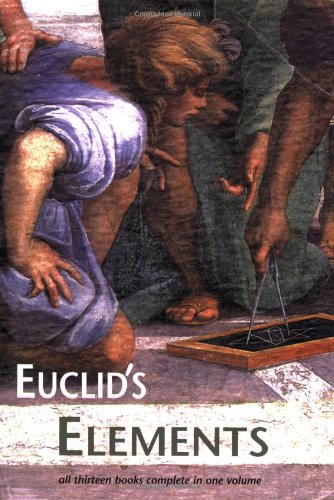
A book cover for Euclid's Elements; Euclid; Science & Math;